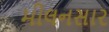
મીલનસાર